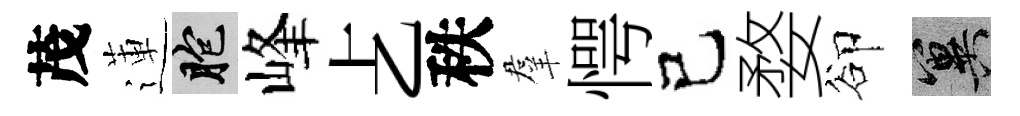
茂蓮胞峰𠧒秩羣愕己婺卻冀